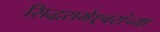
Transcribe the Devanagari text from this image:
सिद्धरामेश्र्वरांच्या